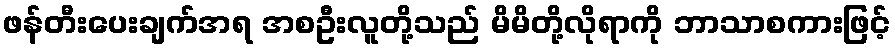
ဖန်တီးပေးချက်အရ အစဦးလူတို့သည် မိမိတို့လိုရာကို ဘာသာစကားဖြင့်